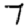
Digit: 7